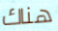
هناك